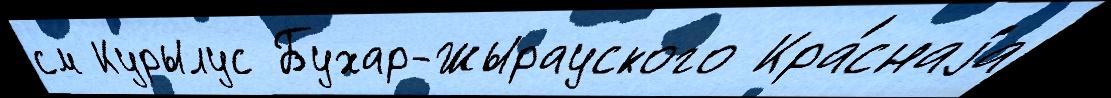
см Курылус Бухар-Жырауского Кра́снаjа